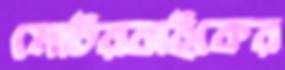
মোটরবাইকের